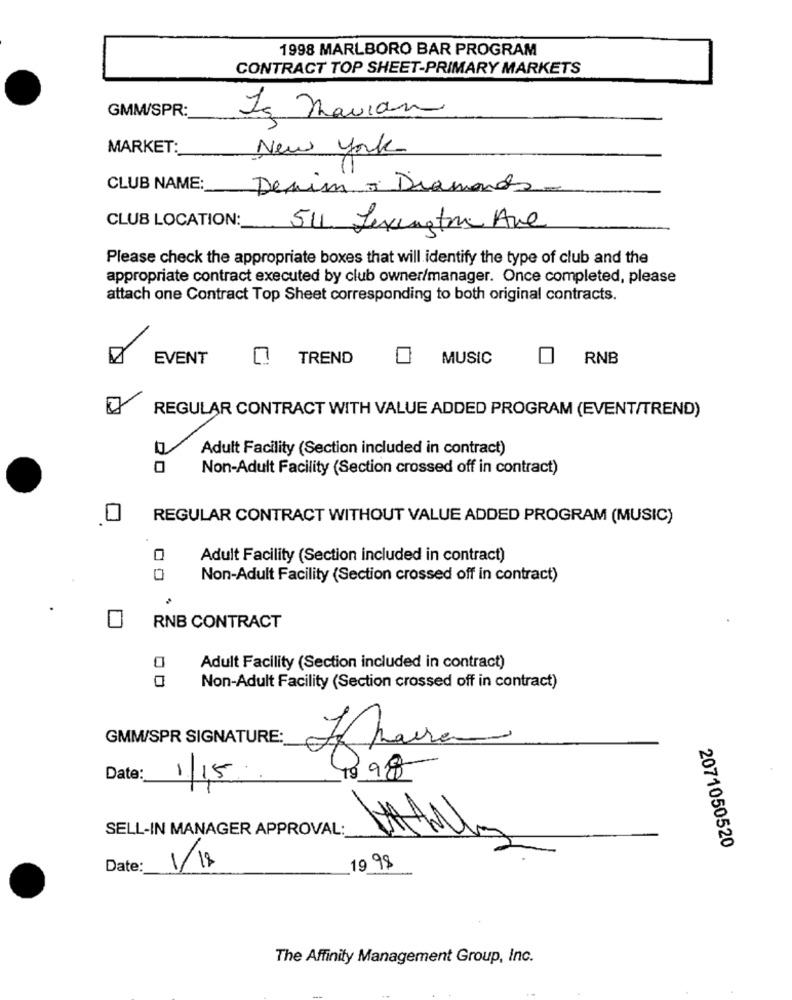
1998 MARLBORO BAR PROGRAM
CONTRACT TOP SHEET-PRIMARY MARKETS
GMM/SPR:
Is Mavian
MARKET:
New York
CLUB NAME:
Denim - Diamonds
CLUB LOCATION:
54. Levenstre Ave
Please check the appropriate boxes that will identify the type of club and the
appropriate contract executed by club owner/manager. Once completed, please
attach one Contract Top Sheet corresponding to both original contracts.
EVENT
TREND
MUSIC
RNB
REGULAR CONTRACT WITH VALUE ADDED PROGRAM (EVENT/TREND)
Adult Facility (Section included in contract)
0
Non-Adult Facility (Section crossed off in contract)
0
REGULAR CONTRACT WITHOUT VALUE ADDED PROGRAM (MUSIC)
Adult Facility (Section included in contract)
0
Non-Adult Facility (Section crossed off in contract)
RNB CONTRACT
Adult Facility (Section included in contract)
Non-Adult Facility (Section crossed off in contract)
GMM/SPR SIGNATURE:
1998
Date:
1/1,5
SELL-IN MANAGER APPROVAL:
2071050520
Date:
1/18
19 98
The Affinity Management Group, Inc.